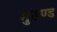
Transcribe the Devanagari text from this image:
मुरुण्ड